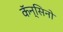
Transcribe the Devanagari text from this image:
कॅन्सिनो